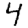
Digit: 4